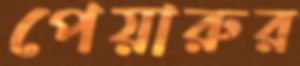
পেয়ারুর